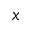
\boldsymbol { x }